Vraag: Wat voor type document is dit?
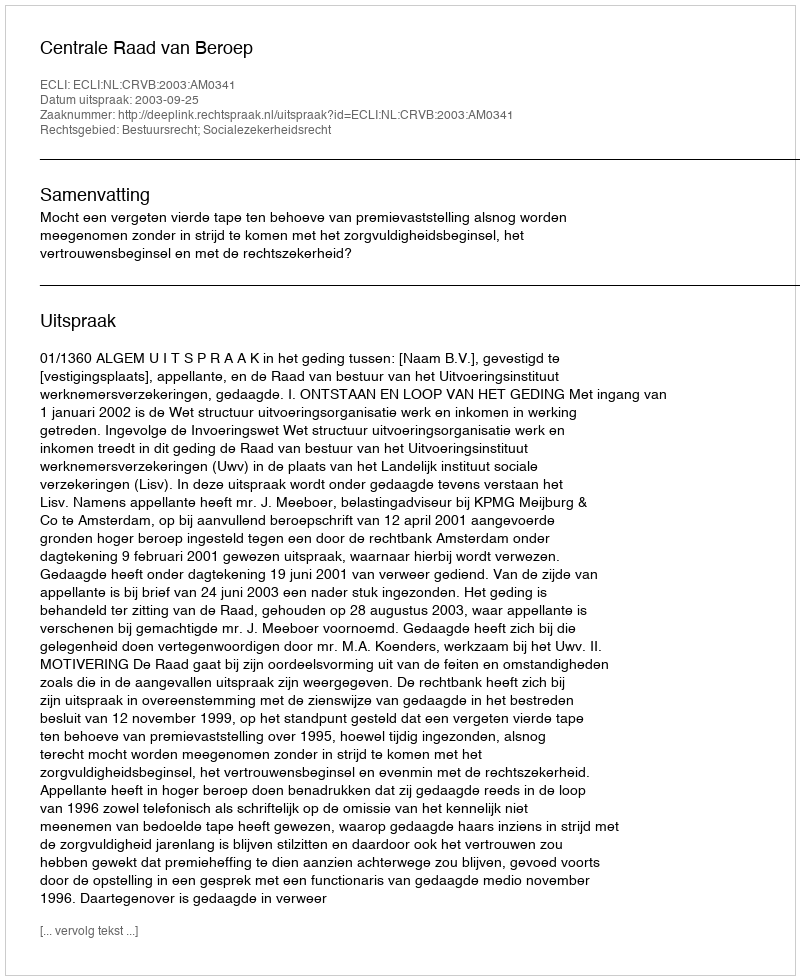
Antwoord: Uitspraak